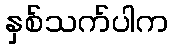
နှစ်သက်ပါက